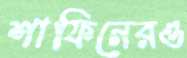
শাফিনেরও